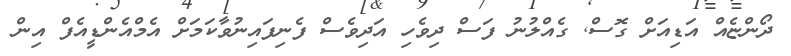
ދޯންޏެއް އަޑިއަށް ގޮސް